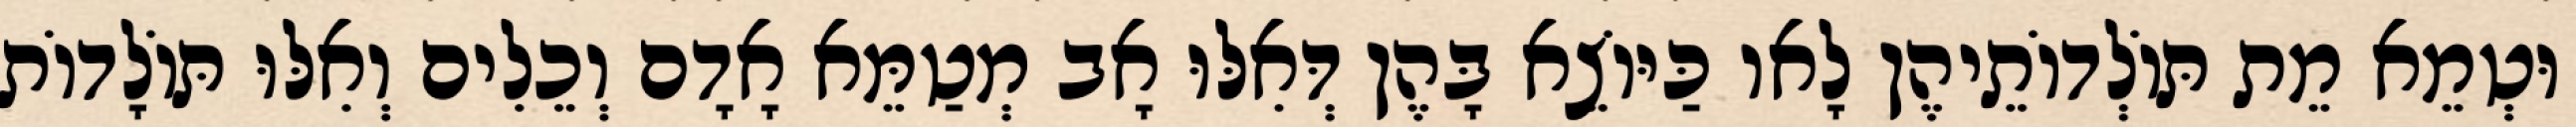
וּטְמֵא מֵת תּוֹלְדוֹתֵיהֶן לָאו כַּיּוֹצֵא בָּהֶן דְּאִלּוּ אָב מְטַמֵּא אָדָם וְכֵלִים וְאִלּוּ תּוֹלָדוֹת